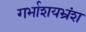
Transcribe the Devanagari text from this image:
गर्भाशयभ्रंश